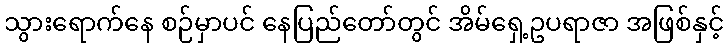
သွားရောက်နေ စဉ်မှာပင် နေပြည်တော်တွင် အိမ်ရှေ့ဥပရာဇာ အဖြစ်နှင့်